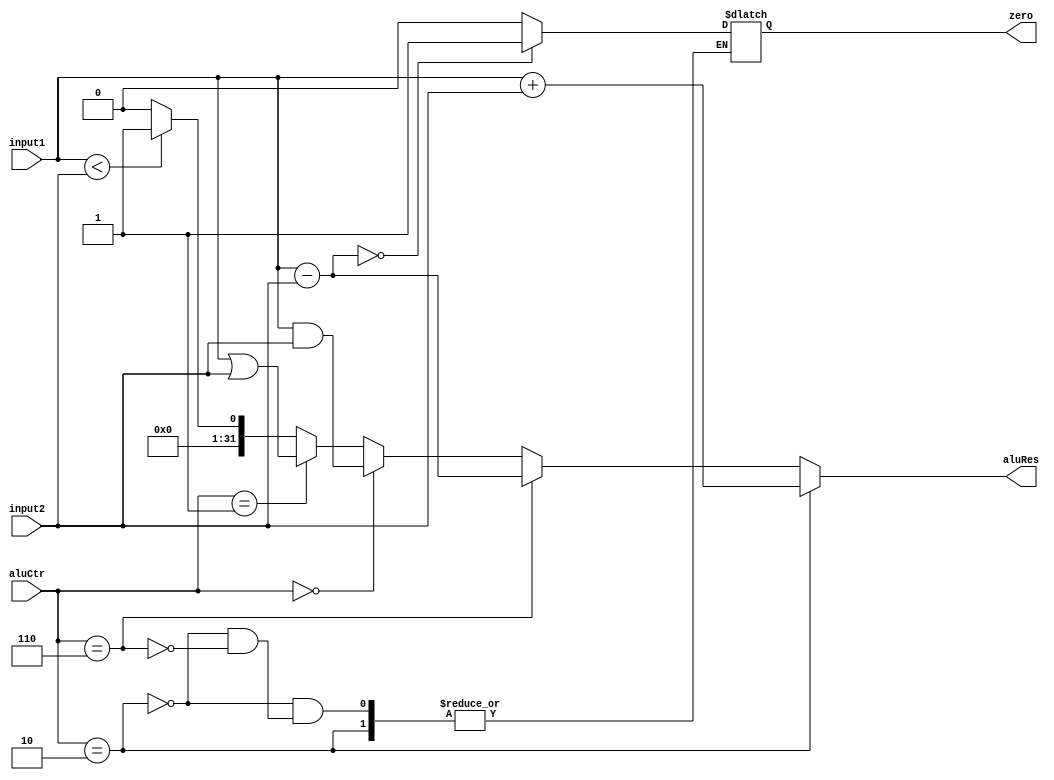
`timescale 1ns / 1ps
//////////////////////////////////////////////////////////////////////////////////
// Company: 
// Engineer: 
// 
// Design Name: 
// Module Name:    Alu 
// Project Name: 
// Target Devices: 
// Tool versions: 
// Description: 
//
// Dependencies: 
//
// Revision: 
// Revision 0.01 - File Created
// Additional Comments: 
//
//////////////////////////////////////////////////////////////////////////////////
module Alu(input1, input2, aluCtr, zero, aluRes);
    input [31:0] input1;
    input [31:0] input2;
    input [3:0] aluCtr;
    output zero;
    output [31:0] aluRes;
    reg zero;
	 reg [31:0] aluRes;
	 
	 always @ (input1 or input2 or aluCtr)
	 begin
		if (aluCtr == 4'b0010) //add
			aluRes = input1 + input2;
		else if(aluCtr == 4'b0110) //sub
		begin
			aluRes = input1 - input2;
			if(aluRes == 0)
				zero = 1;
			else
				zero = 0;
		end
		else if(aluCtr == 4'b0000)
			aluRes = input1 & input2;
		else if(aluCtr == 4'b0001)
			aluRes = input1 | input2;
		else
		begin
			if(input1 < input2)
			aluRes = 1;
			else
			aluRes = 0;
		end
	end


endmodule